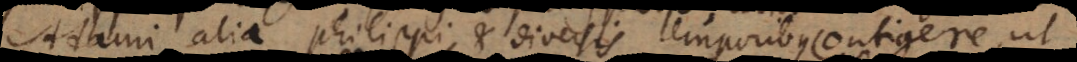
Adami alia Philippi, et diversis temporibus contigere, ut